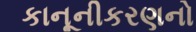
કાનૂનીકરણનો